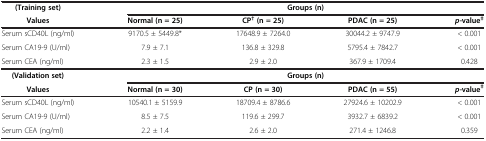
| (Training set) | <COLSPAN=4> Groups (n) |
 | Values | Normal (n = 25) | CP†(n = 25) | PDAC (n = 25) | p-value‡ |
 | --- | --- | --- | --- | --- |
 | Serum sCD40L (ng/ml) | 9170.5 ± 5449.8* | 17648.9 ± 7264.0 | 30044.2 ± 9747.9 | < 0.001 |
 | Serum CA19-9 (U/ml) | 7.9 ± 7.1 | 136.8 ± 329.8 | 5795.4 ± 7842.7 | < 0.001 |
 | Serum CEA (ng/ml) | 2.3 ± 1.5 | 2.9 ± 2.0 | 367.9 ± 1709.4 | 0.428 |
 | (Validation set) | <COLSPAN=4> Groups (n) |
 | Values | Normal (n = 30) | CP (n = 30) | PDAC (n = 55) | p-value‡ |
 | Serum sCD40L (ng/ml) | 10540.1 ± 5159.9 | 18709.4 ± 8786.6 | 27924.6 ± 10202.9 | < 0.001 |
 | Serum CA19-9 (U/ml) | 8.5 ± 7.5 | 119.6 ± 299.7 | 3932.7 ± 6839.2 | < 0.001 |
 | Serum CEA (ng/ml) | 2.2 ± 1.4 | 2.6 ± 2.0 | 271.4 ± 1246.8 | 0.359 |